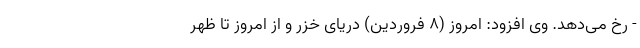
- رخ می‌دهد. وی افزود: امروز (۸ فروردین) دریای خزر و از امروز تا ظهر